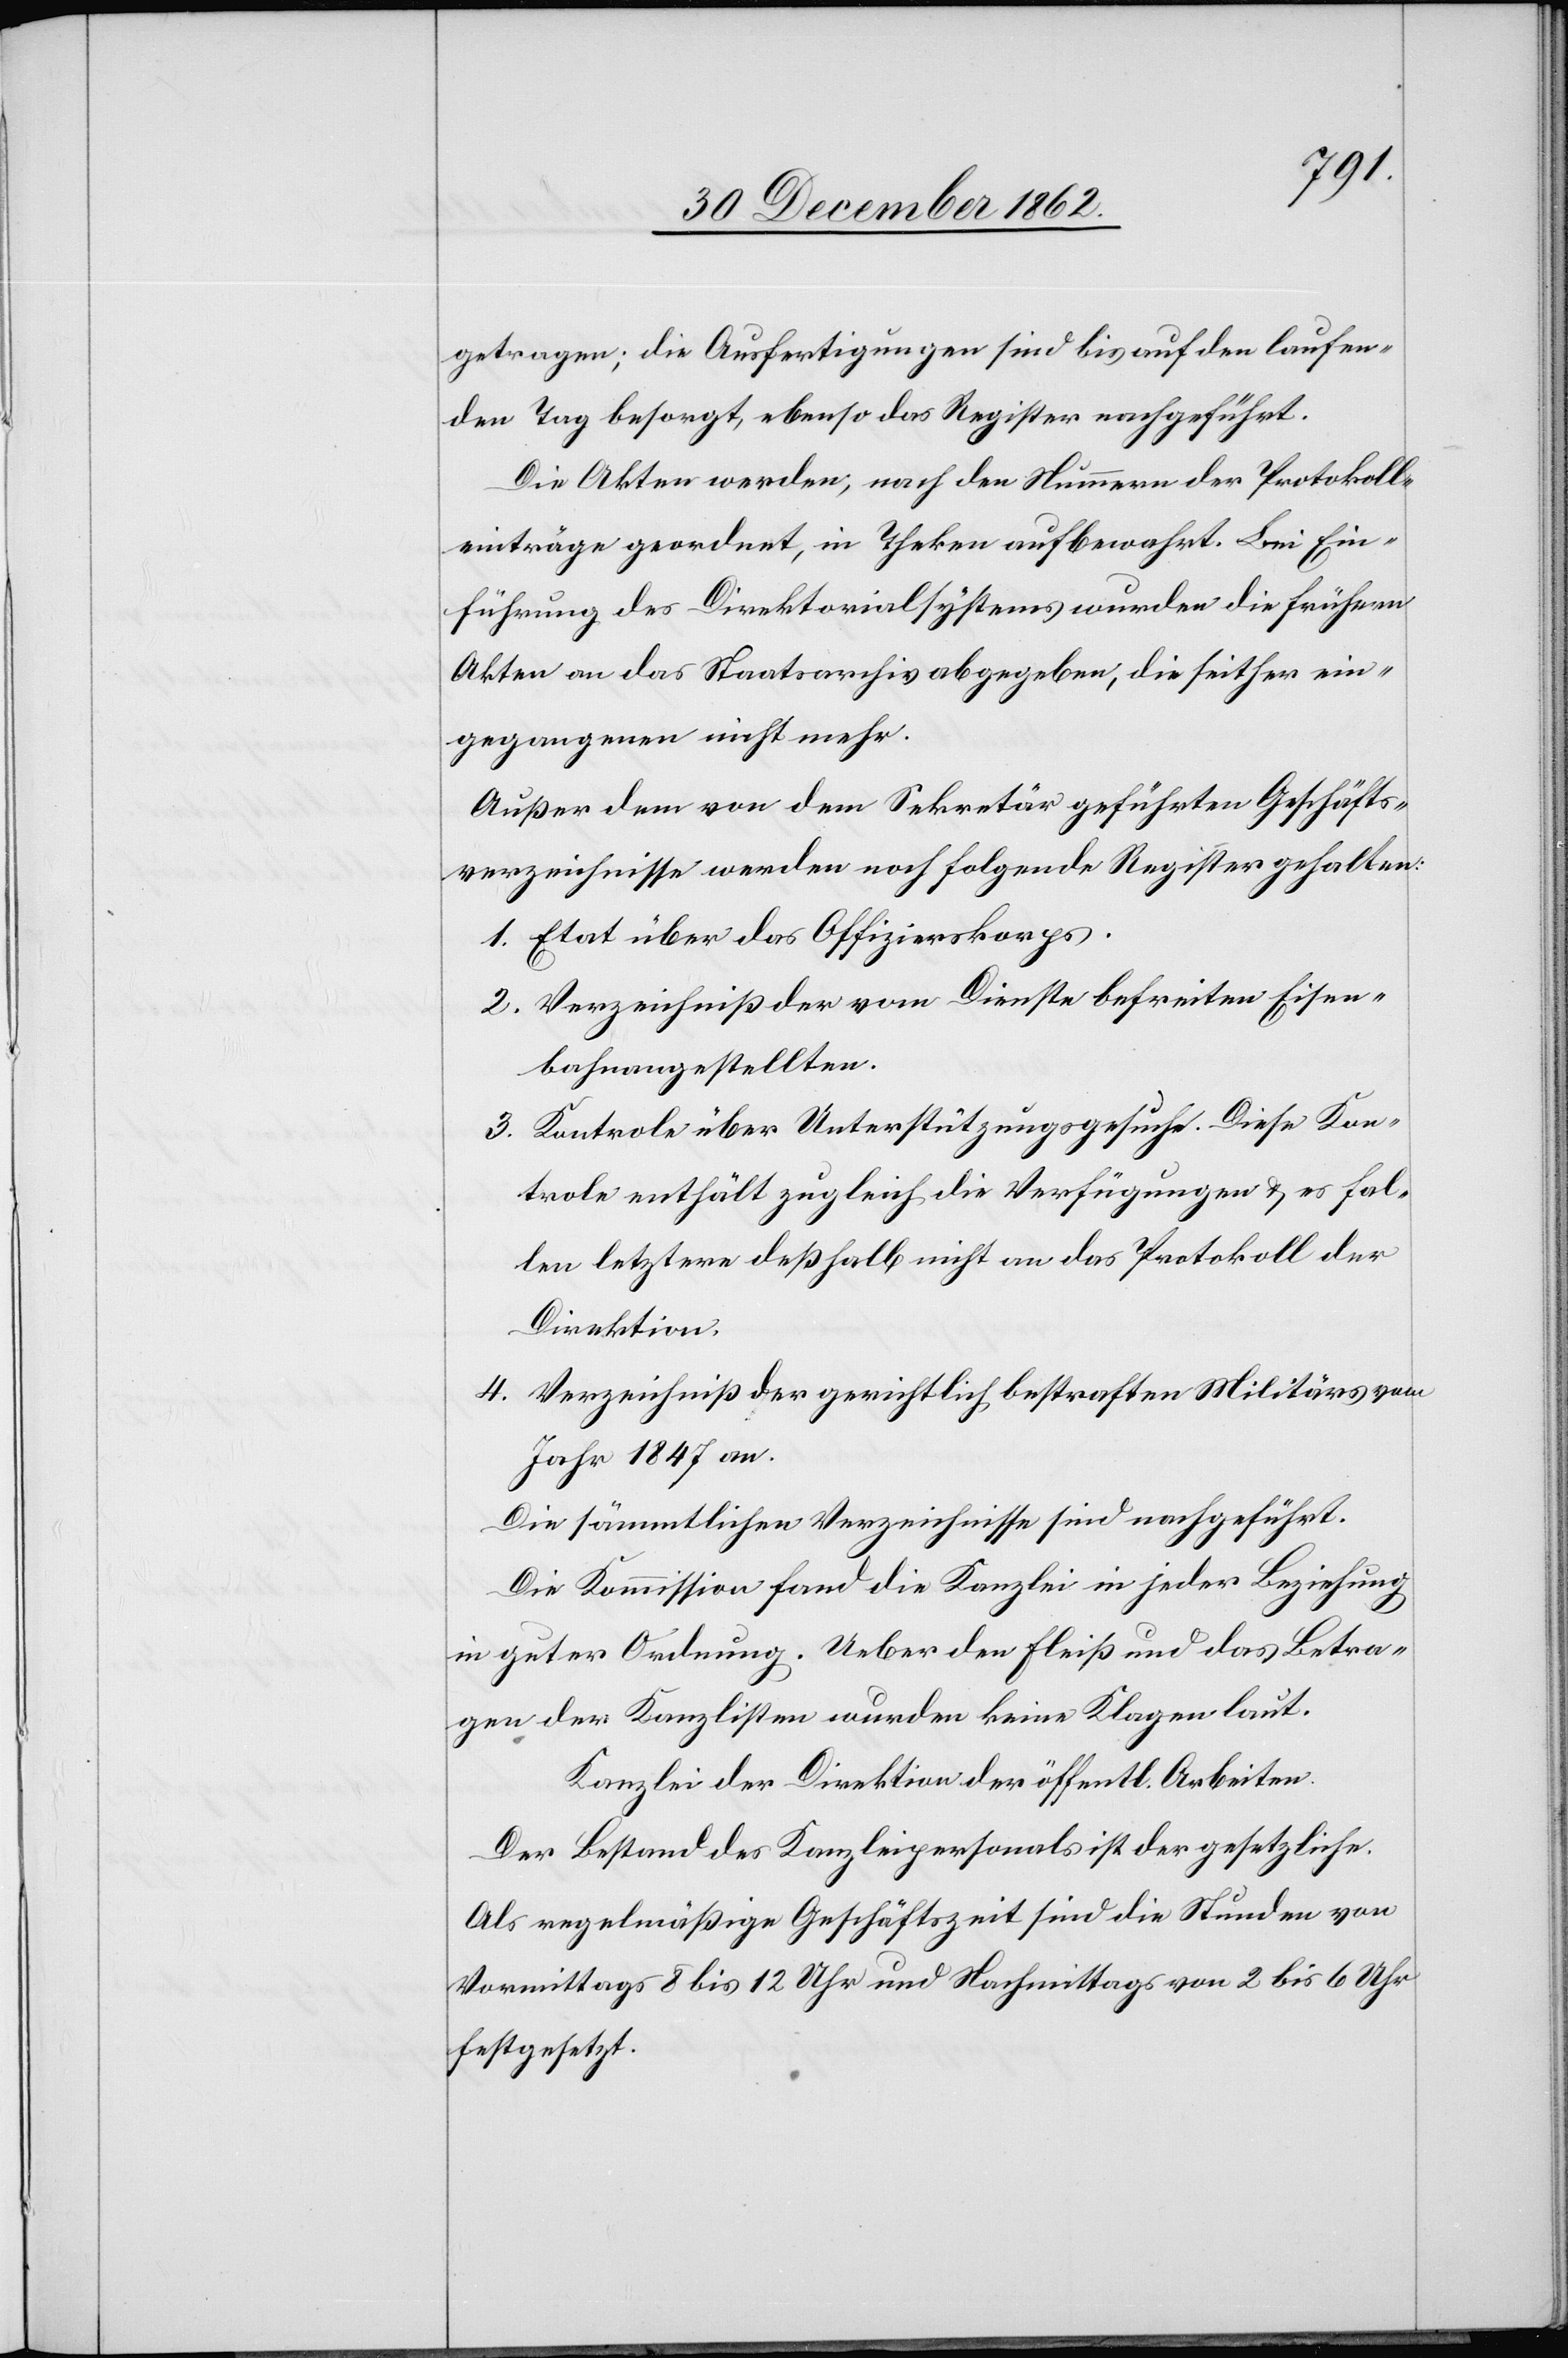
getragen; die Ausfertigungen sind bis auf den laufen¬
den Tag besorgt, ebenso das Register nachgeführt.
Die Akten werden, nach den Nummern der Protokoll¬
einträge geordnet, in Theken aufbewahrt. Bei Ein¬
führung des Direktorialsystems wurden die frühren
Akten an das Staatsarchiv abgegeben, die seither ein¬
gegangenen nicht mehr.
Außer dem von dem Sekretär geführten Geschäfts¬
verzeichnisse werden noch folgende Register gehalten:
1. Etat über das Offizierskorps.
2. Verzeichniß der vom Dienste befreiten Eisen¬
bahnangestellten.
3. Kontrole über Unterstützungsgesuche. Diese Kon¬
trole enthält zugleich die Verfügungen u. es fal¬
len letztere deßhalb nicht an das Protokoll der
Direktion.
4. Verzeichniß der gerichtlich bestraften Militärs vom
Jahr 1847 an.
Die sämmtlichen Verzeichnisse sind nachgeführt.
Die Kommission fand die Kanzlei in jeder Beziehung
in guter Ordnung. Ueber den Fleiß und das Betra¬
gen der Kanzlisten wurden keine Klagen laut.
Kanzlei der Direktion der öffentl. Arbeiten.
Als regelmäßige Geschäftszeit sind die Stunden von
Vormittags 8 bis 12 Uhr und Nachmittags von 2 bis 6 Uhr
festgesetzt.